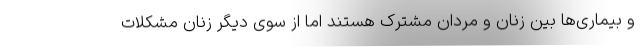
و بیماری‌ها بین زنان و مردان مشترک هستند اما از سوی دیگر زنان مشکلات